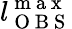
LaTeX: l_{\mathrm{~O~B~S~}}^{\mathrm{~m~a~x~}}